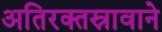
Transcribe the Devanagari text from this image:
अतिरक्तस्रावाने